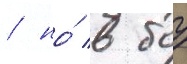
/ но́ в боу